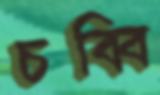
চব্বি